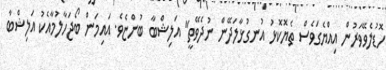
ހޮޑުލެވޭވަރުން އިއްޔެގަވެސް ތެޔޮކޮޅު އުނގުޅާލަދޭން ނުދެވޭތީ" އަލިޝްބާ ބުންޏެވެ. އައިމަން ބޯޖަހާލުމާއެކު އަލިޝްބާ